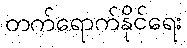
တက်ရောက်နိုင်ရေး